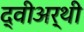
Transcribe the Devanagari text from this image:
द्वीअर्थी